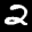
Label: 2